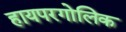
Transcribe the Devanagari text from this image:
हायपरगोलिक